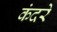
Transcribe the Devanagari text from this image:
कंदरे